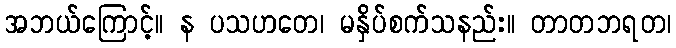
အဘယ်ကြောင့်။ န ပသဟတေ၊ မနှိပ်စက်သနည်း။ တာတဘရတ၊